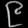
Digit: ၉